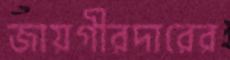
জায়গীরদারের